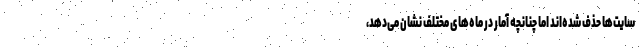
سایت‌ها حذف شده‌اند اما چنانچه آمار در ماه‌های مختلف نشان می‌دهد،